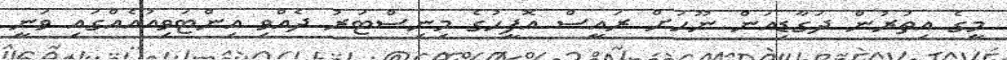
މީގެ އިތުރުން ދަގާޑިއަން ނޫހަށް ރައީސް އޮފީހުގެ މިނިސްޓަރު ދެއްވި އިންޓަވިއުއެއްގައި ވަނީ